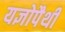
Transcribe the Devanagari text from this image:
यज्ञोपैथी